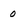
Character: 0